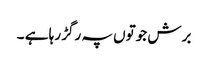
برش جوتوں پہ رگڑ رہا ہے ۔